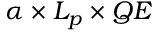
\alpha \times L _ { p } \times Q E